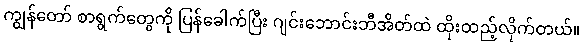
ကျွန်တော် စာရွက်တွေကို ပြန်ခေါက်ပြီး ဂျင်းဘောင်းဘီအိတ်ထဲ ထိုးထည့်လိုက်တယ်။